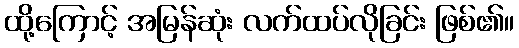
ထို့ကြောင့် အမြန်ဆုံး လက်ထပ်လိုခြင်း ဖြစ်၏။